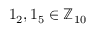
1 _ { 2 } , 1 _ { 5 } \in \mathbb { Z } _ { 1 0 }